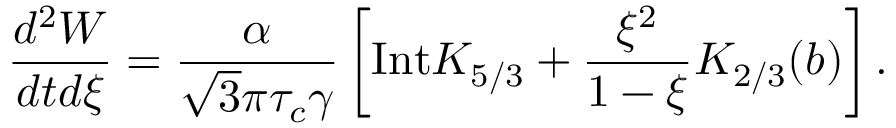
\frac { d ^ { 2 } W } { d t d \xi } = \frac { \alpha } { \sqrt { 3 } \pi \tau _ { c } \gamma } \left[ \mathrm { I n t } K _ { 5 / 3 } + \frac { \xi ^ { 2 } } { 1 - \xi } K _ { 2 / 3 } ( b ) \right] .